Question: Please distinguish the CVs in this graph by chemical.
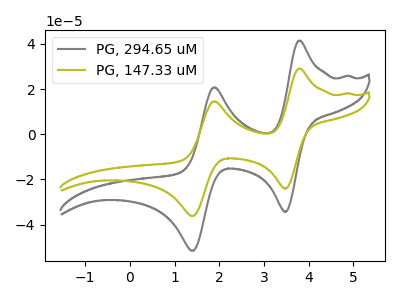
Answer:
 <answer>The gray curve is labeled "PG, 294.65 uM". The olive curve is labeled "PG, 147.33 uM".</answer>
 <eval></eval>